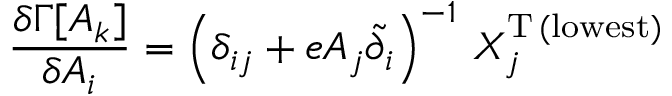
\frac { \delta \Gamma [ A _ { k } ] } { \delta A _ { i } } = \left( \delta _ { i j } + e A _ { j } \tilde { \partial } _ { i } \right) ^ { - 1 } \, X _ { j } ^ { \mathrm { T } \, \mathrm { ( l o w e s t ) } }